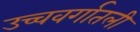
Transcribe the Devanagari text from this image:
उच्चवर्गातली